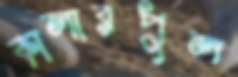
কালারপুল